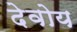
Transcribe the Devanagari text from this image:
देवोय